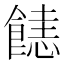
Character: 𩝤